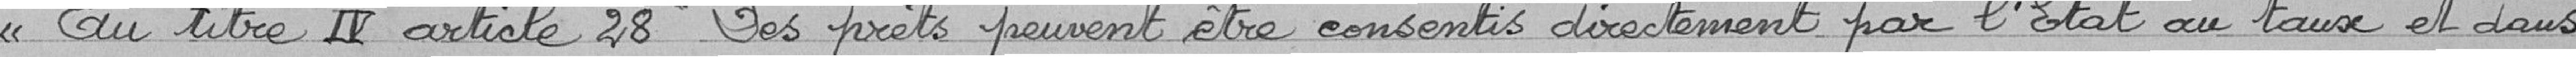
Au titre IV article 23 "Des prêts peuvent être consentis directement par l'État au taux et dans